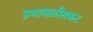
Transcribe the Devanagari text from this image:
प्रभावळीसकट